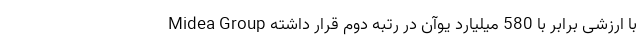
Midea Group با ارزشی برابر با 580 میلیارد یوآن در رتبه دوم قرار داشته